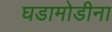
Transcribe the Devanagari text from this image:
घडामोडीना